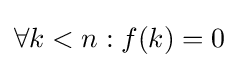
\forall k<n:f(k)=0